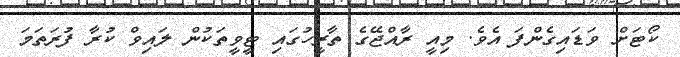
ކޯޓަށް ވަޑައިގެންފަ އެވެ. މިއީ ރާއްޖޭގެ ތާރީހުގައި ޓީވީތަކުން ލައިވް ކުރާ ފުރަތަމަ